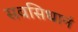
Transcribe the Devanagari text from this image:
सवसिधानं